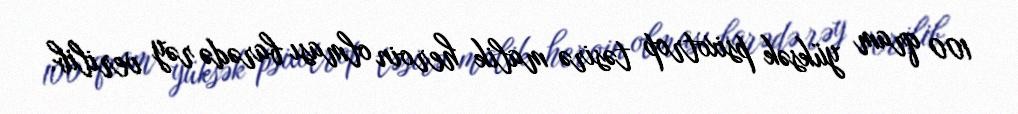
100 qram yüksək psixotrop təsirə malik heroin olması barədə rəy verilib.